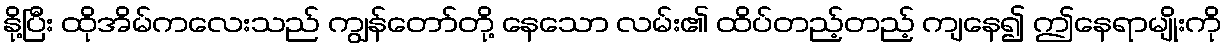
နို့ပြီး ထိုအိမ်ကလေးသည် ကျွန်တော်တို့ နေသော လမ်း၏ ထိပ်တည့်တည့် ကျနေ၍ ဤနေရာမျိုးကို